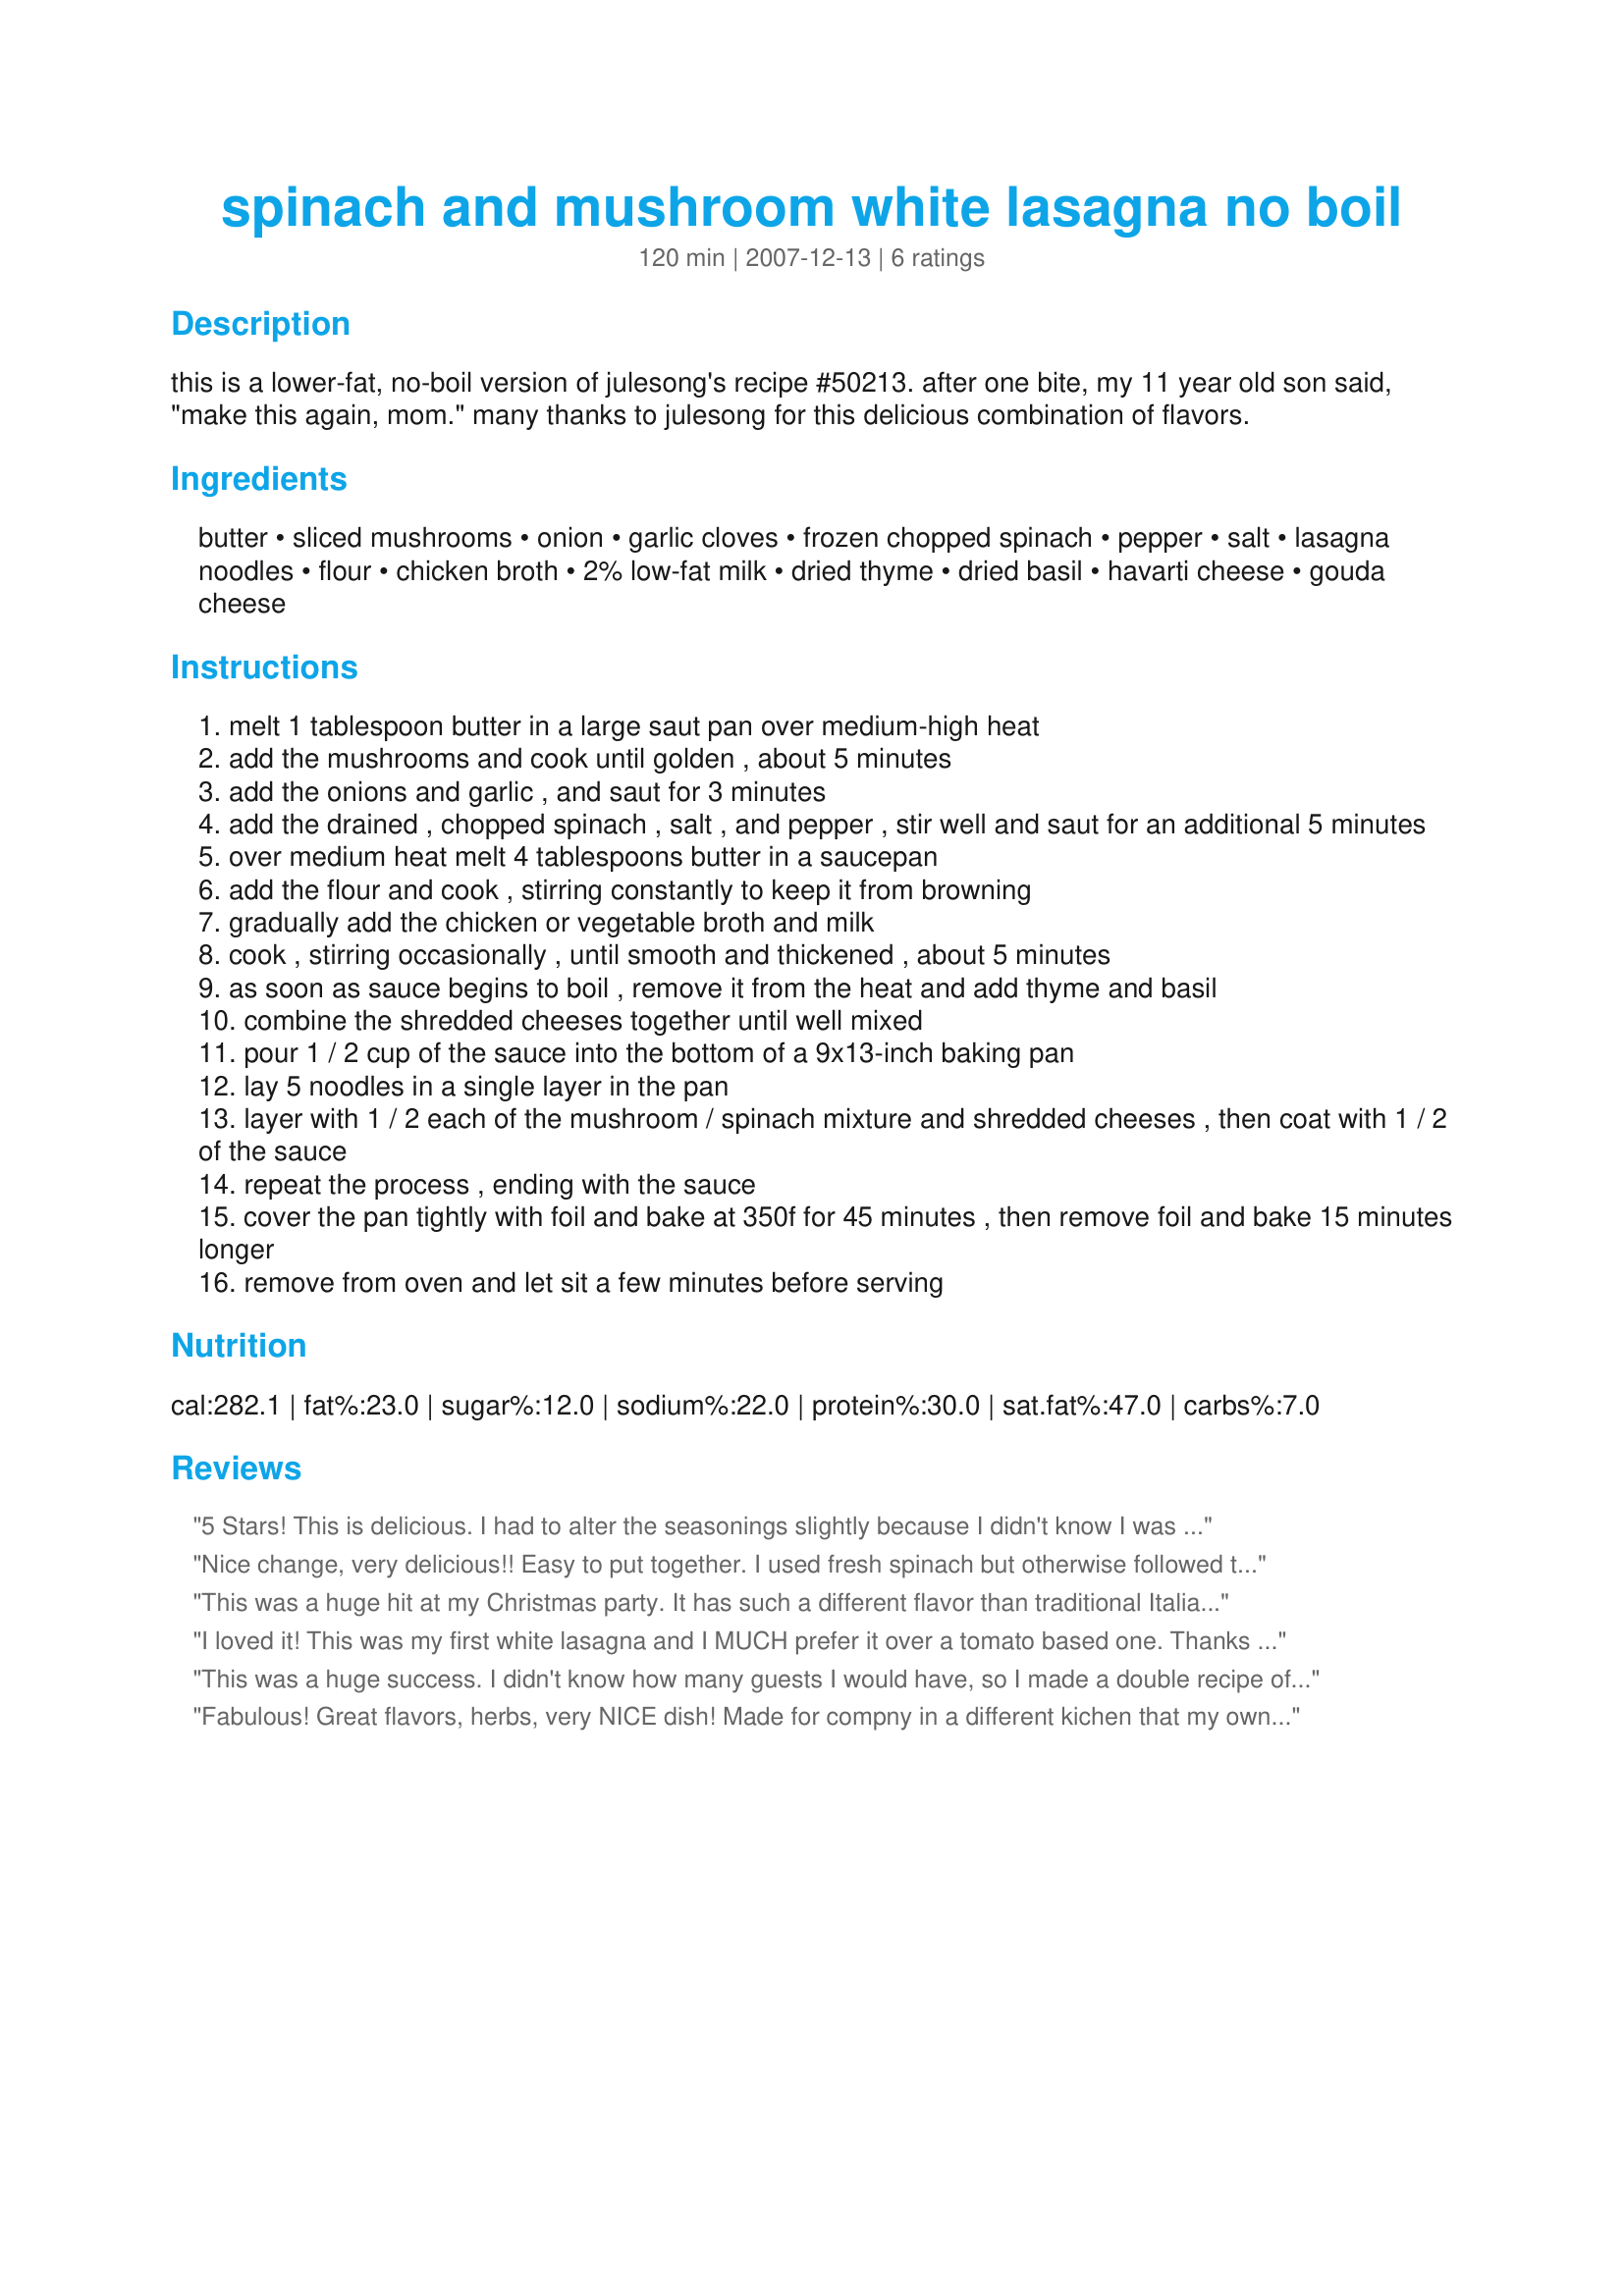
spinach and mushroom white lasagna no boil
Preparation time: 120 minutes

this is a lower-fat, no-boil version of julesong's recipe #50213. after one bite, my 11 year old son said, "make this again, mom." many thanks to julesong for this delicious combination of flavors.

Ingredients:
butter, sliced mushrooms, onion, garlic cloves, frozen chopped spinach, pepper, salt, lasagna noodles, flour, chicken broth, 2% low-fat milk, dried thyme, dried basil, havarti cheese, gouda cheese

Steps:
melt 1 tablespoon butter in a large saut pan over medium-high heat
add the mushrooms and cook until golden , about 5 minutes
add the onions and garlic , and saut for 3 minutes
add the drained , chopped spinach , salt , and pepper , stir well and saut for an additional 5 minutes
over medium heat melt 4 tablespoons butter in a saucepan
add the flour and cook , stirring constantly to keep it from browning
gradually add the chicken or vegetable broth and milk
cook , stirring occasionally , until smooth and thickened , about 5 minutes
as soon as sauce begins to boil , remove it from the heat and add thyme and basil
combine the shredded cheeses together until well mixed
pour 1 / 2 cup of the sauce into the bottom of a 9x13-inch baking pan
lay 5 noodles in a single layer in the pan
layer with 1 / 2 each of the mushroom / spinach mixture and shredded cheeses , then coat with 1 / 2 of the sauce
repeat the process , ending with the sauce
cover the pan tightly with foil and bake at 350f for 45 minutes , then remove foil and bake 15 minutes longer
remove from oven and let sit a few minutes before serving

Reviews:
5 Stars! This is delicious. I had to alter the seasonings slightly because I didn't know I was low on thyme until I was ready to mix it in...so I used about 1/4 tsp. thyme and 1 tsp. of basil. I also added a little freshly grated nutmeg to the white sauce. This is a company worthy dish. Thanks for posting mliss.
Nice change, very delicious!! Easy to put together. I used fresh spinach but otherwise followed the recipe! Thanks for another favorite.
This was a huge hit at my Christmas party. It has such a different flavor than traditional Italian lasagna. I used smoked gruyere instead of havarti and it added a really deep flavor to the cheeses. I also added a layer of ricotta to make the dish higher. And sauteed fresh rather than frozen spinnach.

Delish!
I loved it! This was my first white lasagna and I MUCH prefer it over a tomato based one. Thanks for the new experience.
This was a huge success. I didn't know how many guests I would have, so I made a double recipe of this in my roasting pan. I doubled all ingredients except the cheeses (used 8 oz ea) and butter, but added some leftover proscuitto (highly recommended). I also did not quite double the liquids because I was pre-boiling my noodles. I layered sauce, noodles, veggies, proscuitto, cheese, N, S, V, P, C, N, S, C. I made it the afternoon before. To cook it, I baked 45 min, then let stand 20 min or so. We wound up being 9 people, and by the time everyone was finished, I ended up with about a 2" x 3" block as leftovers! That was the only downside to the whole thing (we were secretly hoping for more leftovers!). It was great because the only dish at the end of the evening was the roasting pan. Thanks for a wonderful recipe and a successful evening.
Fabulous! Great flavors, herbs, very NICE dish! Made for compny in a different kichen that my own, and it was a difficult meal, running back and forth between kitchens! But it was a lovely dinner and everybody loved their food! YUMMY
